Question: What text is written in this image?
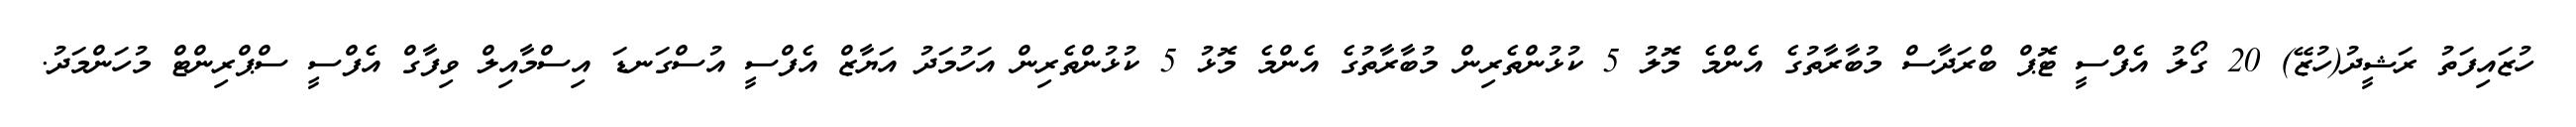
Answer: ހުޒައިފަތު ރަޝީދު(ހުޒޭ) 20 ގޯލު އެފްސީ ޓޮޕް ބްރަދާސް މުބާރާތުގެ އެންމެ މޮލު 5 ކުޅުންތެރިން މުބާރާތުގެ އެންމެ މޮޅު 5 ކުޅުންތެރިން އަހުމަދު އަޔާޒް އެފްސީ އުސްގަނޑަ އިސްމާއިލް ވިފާގް އެފްސީ ސްޕްރިންޓް މުހަންމަދު.